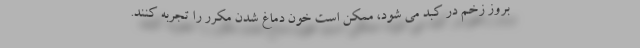
بروز زخم در کبد می شود، ممکن است خون دماغ شدن مکرر را تجربه کنند.